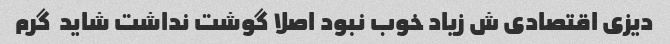
دیزی اقتصادی ش زیاد خوب نبود اصلا گوشت نداشت شاید  گرم